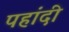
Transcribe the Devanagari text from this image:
पहांदी